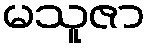
မသူဇာ